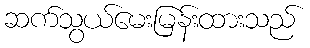
ဆက်သွယ်မေးမြန်းထားသည်